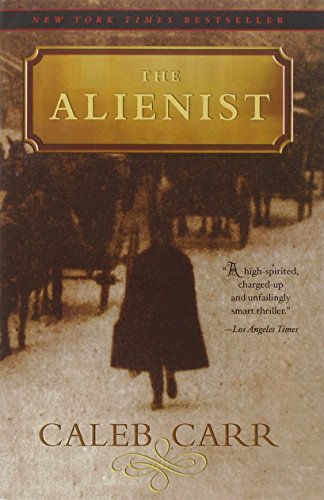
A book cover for The Alienist; Caleb Carr; Mystery, Thriller & Suspense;